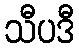
သီပဒီ